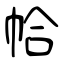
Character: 帢